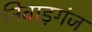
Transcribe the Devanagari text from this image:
निवाड़गंज